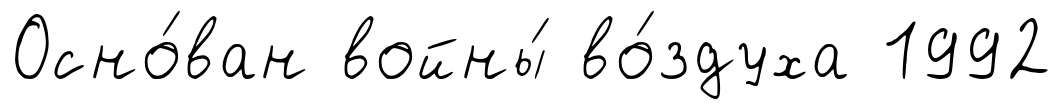
Осно́ван войны́ во́здуха 1992